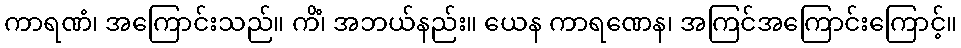
ကာရဏံ၊ အကြောင်းသည်။ ကိံ၊ အဘယ်နည်း။ ယေန ကာရဏေန၊ အကြင်အကြောင်းကြောင့်။